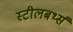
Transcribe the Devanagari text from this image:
स्टीलबर्थ्स